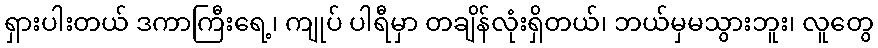
ရှားပါးတယ် ဒကာကြီးရေ့၊ ကျုပ် ပါရီမှာ တချိန်လုံးရှိတယ်၊ ဘယ်မှမသွားဘူး၊ လူတွေ